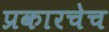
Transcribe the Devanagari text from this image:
प्रकारचेच